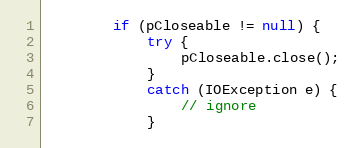
Language: Java
        if (pCloseable != null) {
            try {
                pCloseable.close();
            }
            catch (IOException e) {
                // ignore
            }